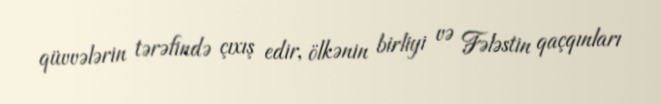
qüvvələrin tərəfində çıxış edir, ölkənin birliyi və Fələstin qaçqınları